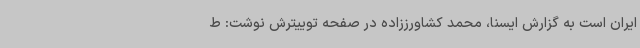
ایران است به گزارش ایسنا، محمد کشاورززاده در صفحه توییترش نوشت: ط